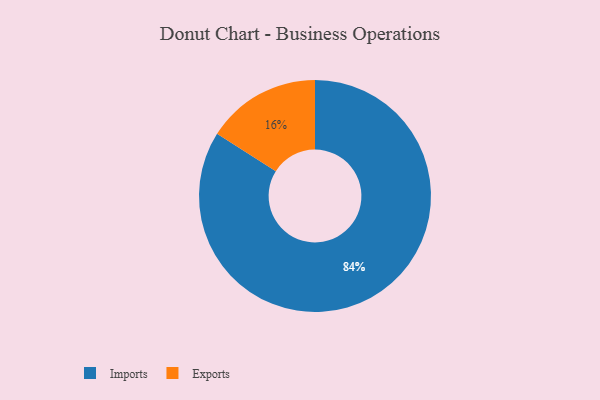
{"axis": {"x": "Category", "y": "Percentage"}, "legend": ["Exports", "Imports"], "data": [{"x": "Imports", "y": 84, "type": "Imports"}, {"x": "Exports", "y": 16, "type": "Exports"}]}